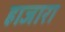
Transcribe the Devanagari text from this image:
हाजारा